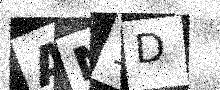
Text: AM1D